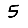
Digit: 5